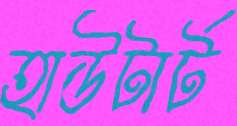
হাউটার্ট